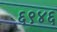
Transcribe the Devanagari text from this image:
६९४६